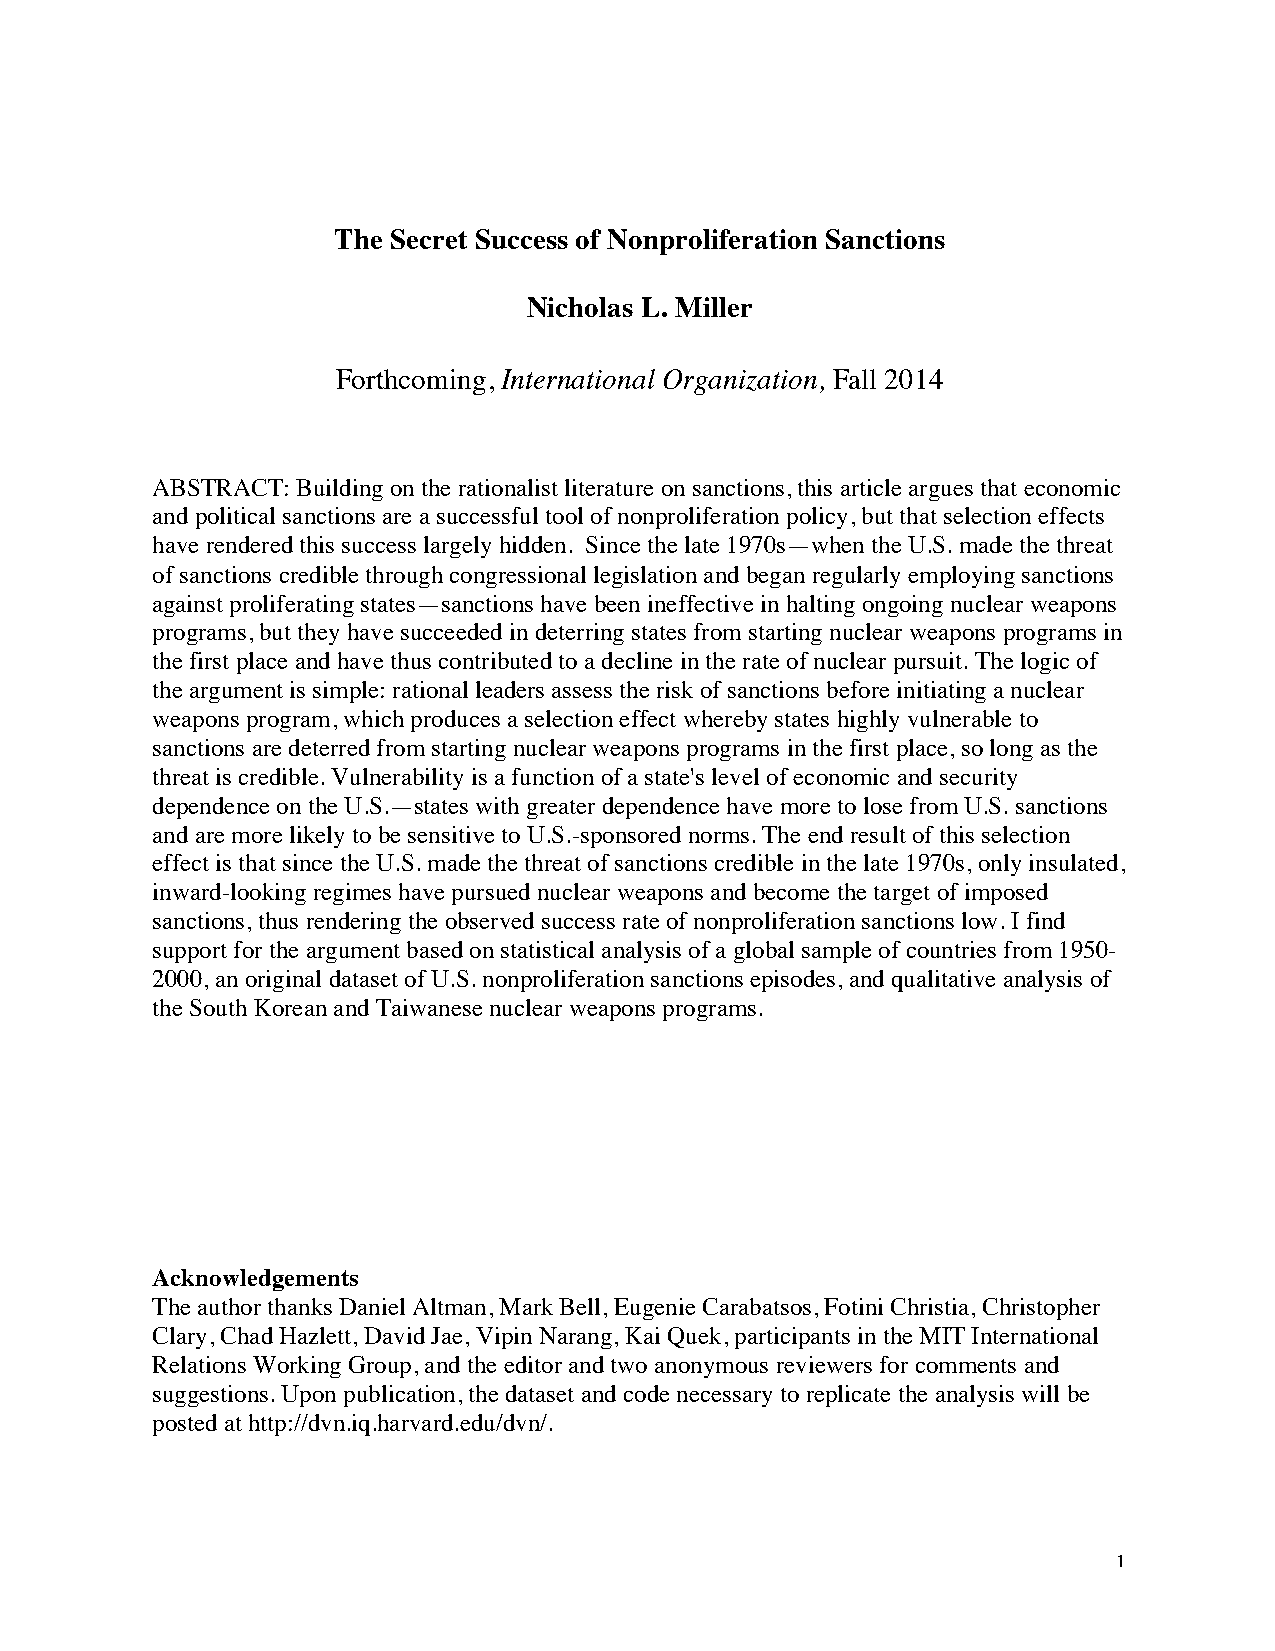
The Secret Success of Nonproliferation Sanctions
 Nicholas L. Miller
 Forthcoming, International Organization, Fall 2014
 ABSTRACT: Building on the rationalist literature on sanctions, this article argues that economic
 and political sanctions are a successful tool of nonproliferation policy, but that selection effects
 have rendered this success largely hidden. Since the late 1970s—when the U.S. made the threat
 of sanctions credible through congressional legislation and began regularly employing sanctions
 against proliferating states—sanctions have been ineffective in halting ongoing nuclear weapons
 programs, but they have succeeded in deterring states from starting nuclear weapons programs in
 the first place and have thus contributed to a decline in the rate of nuclear pursuit. The logic of
 the argument is simple: rational leaders assess the risk of sanctions before initiating a nuclear
 weapons program, which produces a selection effect whereby states highly vulnerable to
 sanctions are deterred from starting nuclear weapons programs in the first place, so long as the
 threat is credible. Vulnerability is a function of a state's level of economic and security
 dependence on the U.S.—states with greater dependence have more to lose from U.S. sanctions
 and are more likely to be sensitive to U.S.-sponsored norms. The end result of this selection
 effect is that since the U.S. made the threat of sanctions credible in the late 1970s, only insulated,
 inward-looking regimes have pursued nuclear weapons and become the target of imposed
 sanctions, thus rendering the observed success rate of nonproliferation sanctions low. I find
 support for the argument based on statistical analysis of a global sample of countries from 1950-
 2000, an original dataset of U.S. nonproliferation sanctions episodes, and qualitative analysis of
 the South Korean and Taiwanese nuclear weapons programs.
 Acknowledgements
 The author thanks Daniel Altman, Mark Bell, Eugenie Carabatsos, Fotini Christia, Christopher
 Clary, Chad Hazlett, David Jae, Vipin Narang, Kai Quek, participants in the MIT International
 Relations Working Group, and the editor and two anonymous reviewers for comments and
 suggestions. Upon publication, the dataset and code necessary to replicate the analysis will be
 posted at http://dvn.iq.harvard.edu/dvn/.
 1